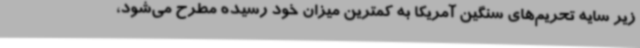
زیر سایه تحریم‌های سنگین آمریکا به کمترین میزان خود رسیده مطرح می‌شود،